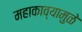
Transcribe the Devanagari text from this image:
महाकाव्यामुळे